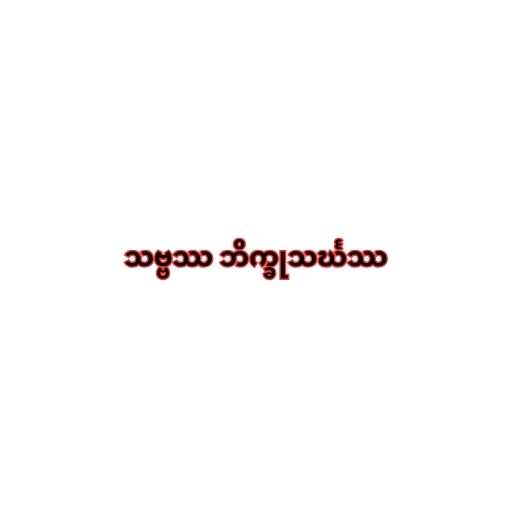
သဗ္ဗဿ ဘိက္ခုသင်္ဃဿ